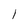
Character: 1